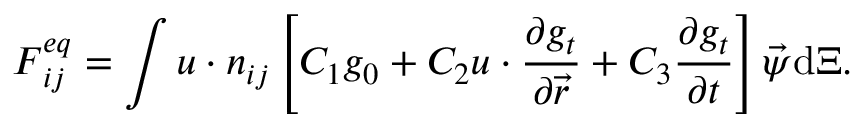
\boldsymbol { F } _ { i j } ^ { e q } = \int \boldsymbol { u } \cdot \boldsymbol { n } _ { i j } \left[ C _ { 1 } g _ { 0 } + C _ { 2 } \boldsymbol { u } \cdot \frac { \partial g _ { t } } { \partial \vec { r } } + C _ { 3 } \frac { \partial g _ { t } } { \partial t } \right] { \vec { \psi } } \mathrm { d } \boldsymbol { \Xi } .